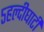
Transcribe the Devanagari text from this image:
५हल्दीघाटी